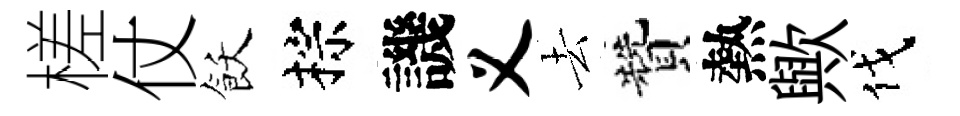
槎仗飫棕譏义去贊熱歟伐